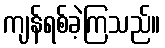
ကျန်ရစ်ခဲ့ကြသည်။